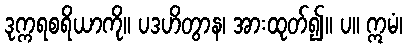
ဒုက္ကရစရိယာကို။ ပဒဟိတွာန၊ အားထုတ်၍။ ပ။ ဣမံ၊